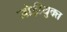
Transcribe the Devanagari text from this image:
जोड़ीयुक्त